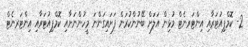
2- ކޮމްޕިއުޓަރާއި އިންޓަރނެޓް މުޅިން އަލަށް ބޭނުންކުރަން ފަށައިގަންނަ މީހުންނަށާއި ކޮމްޕިއުޓަރާއި އިންޓަރނެޓް